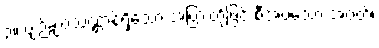
၃။ ပျဉ်ချပ်သဏ္ဌာန်ရှိသော အပြားတို့ဖြင့် စီအပ်သော အဝတ်၊